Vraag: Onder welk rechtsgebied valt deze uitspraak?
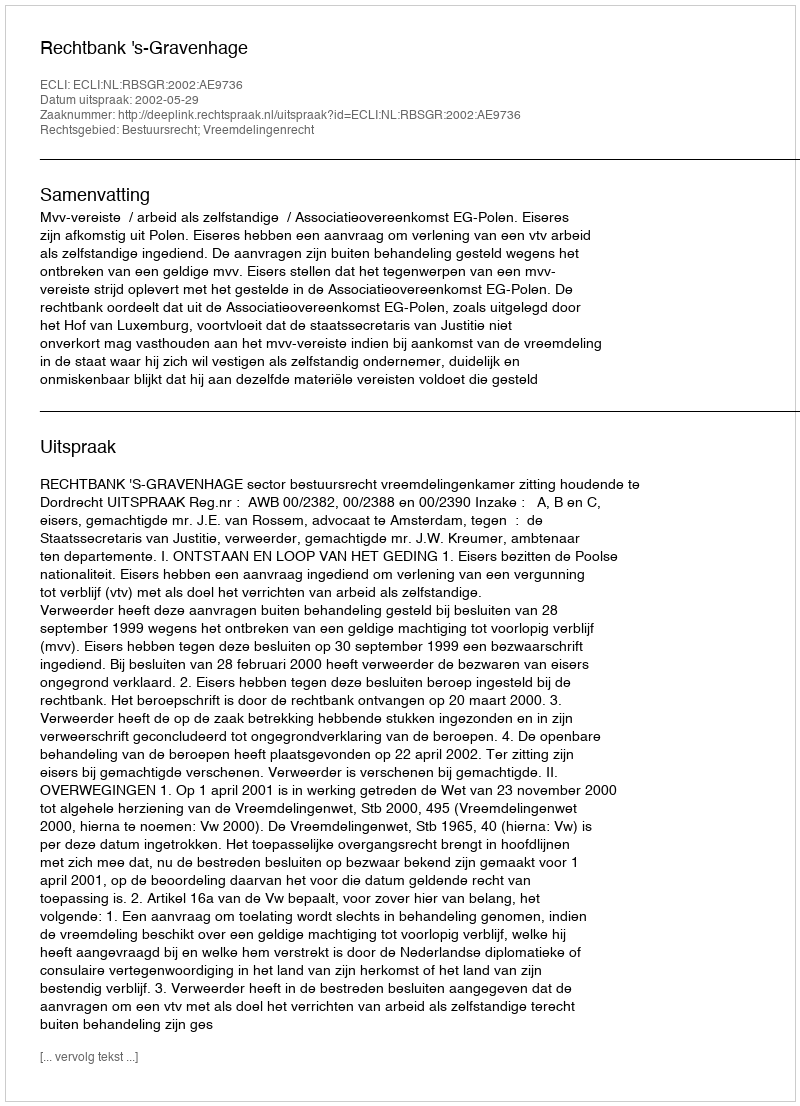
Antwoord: Bestuursrecht; Vreemdelingenrecht